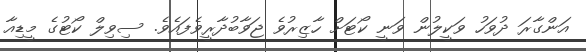
އަންގާރަ ދުވަހު ވަކީލުން ވަނީ ކޯޓަށް ހާޒިރުވެ ޖަވާބުދާރީވެފައެވެ. ސިވިލް ކޯޓުގެ މީޑިއާ